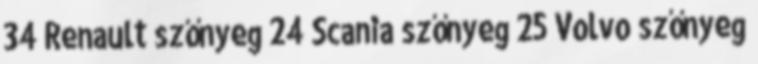
34 Renault szőnyeg 24 Scania szőnyeg 25 Volvo szőnyeg